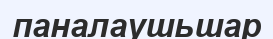
паналаушьшар